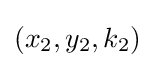
(x_{2},y_{2},k_{2})